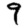
Digit: 9